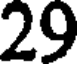
29